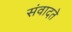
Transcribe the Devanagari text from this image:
संवादते